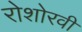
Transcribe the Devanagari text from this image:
रोशोरवी